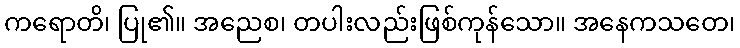
ကရောတိ၊ ပြု၏။ အညေစ၊ တပါးလည်းဖြစ်ကုန်သော။ အနေကသတေ၊